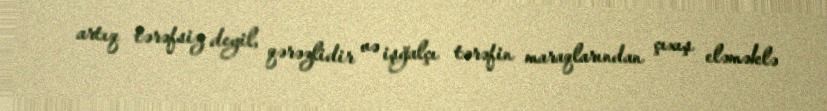
artıq tərəfsiz deyil, qərəzlidir və işğalçı tərəfin maraqlarından çıxış eləməklə